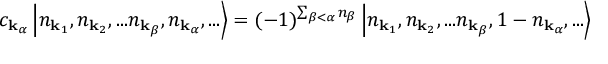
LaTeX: c _ { \mathbf { k } _ { \alpha } } \left| n _ { \mathbf { k } _ { 1 } } , n _ { \mathbf { k } _ { 2 } } , . . . n _ { \mathbf { k } _ { \beta } } , n _ { \mathbf { k } _ { \alpha } } , . . . \right\rangle = ( - 1 ) ^ { \sum _ { \beta < \alpha } n _ { \beta } } \left| n _ { \mathbf { k } _ { 1 } } , n _ { \mathbf { k } _ { 2 } } , . . . n _ { \mathbf { k } _ { \beta } } , 1 - n _ { \mathbf { k } _ { \alpha } } , . . . \right\rangle